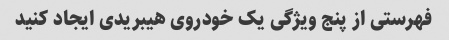
فهرستی از پنج ویژگی یک خودروی هیبریدی ایجاد کنید